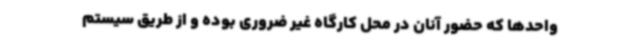
واحدها که حضور آنان در محل کارگاه غیر ضروری بوده و از طریق سیستم